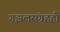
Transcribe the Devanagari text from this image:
गझलसंग्रहही